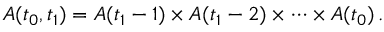
A ( t _ { 0 } , t _ { 1 } ) = A ( t _ { 1 } - 1 ) \times A ( t _ { 1 } - 2 ) \times \cdots \times A ( t _ { 0 } ) \, .